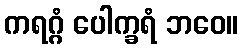
ကရဂ္ဂံ ပေါက္ခရံ ဘဝေ။